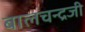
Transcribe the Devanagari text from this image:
बालचन्द्रजी